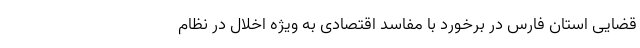
قضایی استان فارس در برخورد با مفاسد اقتصادی به ویژه اخلال در نظام